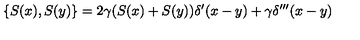
\{ S ( x ) , S ( y ) \} = 2 \gamma ( S ( x ) + S ( y ) ) \delta ^ { \prime } ( x - y ) + \gamma \delta ^ { \prime \prime \prime } ( x - y )